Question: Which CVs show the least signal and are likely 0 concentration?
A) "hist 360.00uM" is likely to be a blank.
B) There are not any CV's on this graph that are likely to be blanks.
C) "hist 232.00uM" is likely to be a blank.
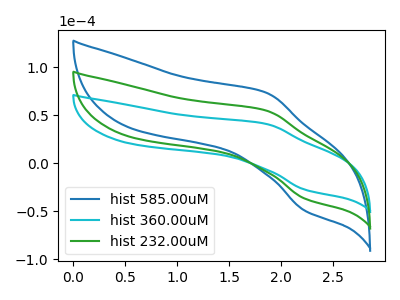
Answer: <think>The blue curve "hist 585.00uM" has an anodic peak at (1.85V, 109.50uA) and a cathodic peak at (2.25V, -73.75uA). The cyan curve "hist 360.00uM" has an anodic peak at (1.85V, 40.85uA) and a cathodic peak at (2.25V, -27.50uA). The green curve "hist 232.00uM" has an anodic peak at (1.85V, 54.75uA) and a cathodic peak at (2.25V, -36.85uA).</think>
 <answer>B) There are not any CV's on this graph that are likely to be blanks.</answer>
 <eval>B</eval>